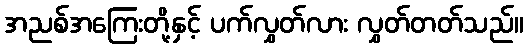
အညစ်အကြေးတို့နှင့် ပက်လွှတ်လား လွှတ်တတ်သည်။